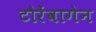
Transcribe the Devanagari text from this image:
टौरेंवागेन